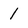
Character: 1